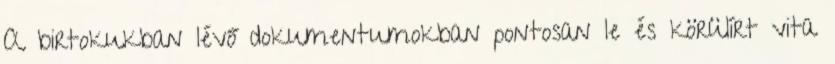
A birtokukban lévő dokumentumokban pontosan le és körülírt vita